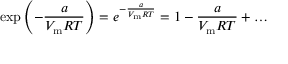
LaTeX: \exp \left( - { \frac { a } { V _ { \mathrm { m } } R T } } \right) = e ^ { - { \frac { a } { V _ { \mathrm { m } } R T } } } = 1 - { \frac { a } { V _ { \mathrm { m } } R T } } + \dots